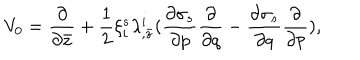
V _ { 0 } = { \frac { \partial } { \partial \bar { z } } } + { \frac { 1 } { 2 } } \xi _ { i } ^ { s } \lambda _ { , \bar { z } } ^ { i } ( { \frac { \partial \sigma _ { s } } { \partial p } } { \frac { \partial } { \partial q } } - { \frac { \partial \sigma _ { s } } { \partial q } } { \frac { \partial } { \partial p } } ) ,